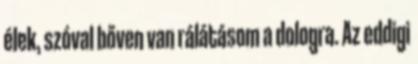
élek, szóval bőven van rálátásom a dologra. Az eddigi